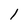
Character: 1